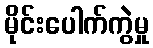
မိုင်းပေါက်ကွဲမှု